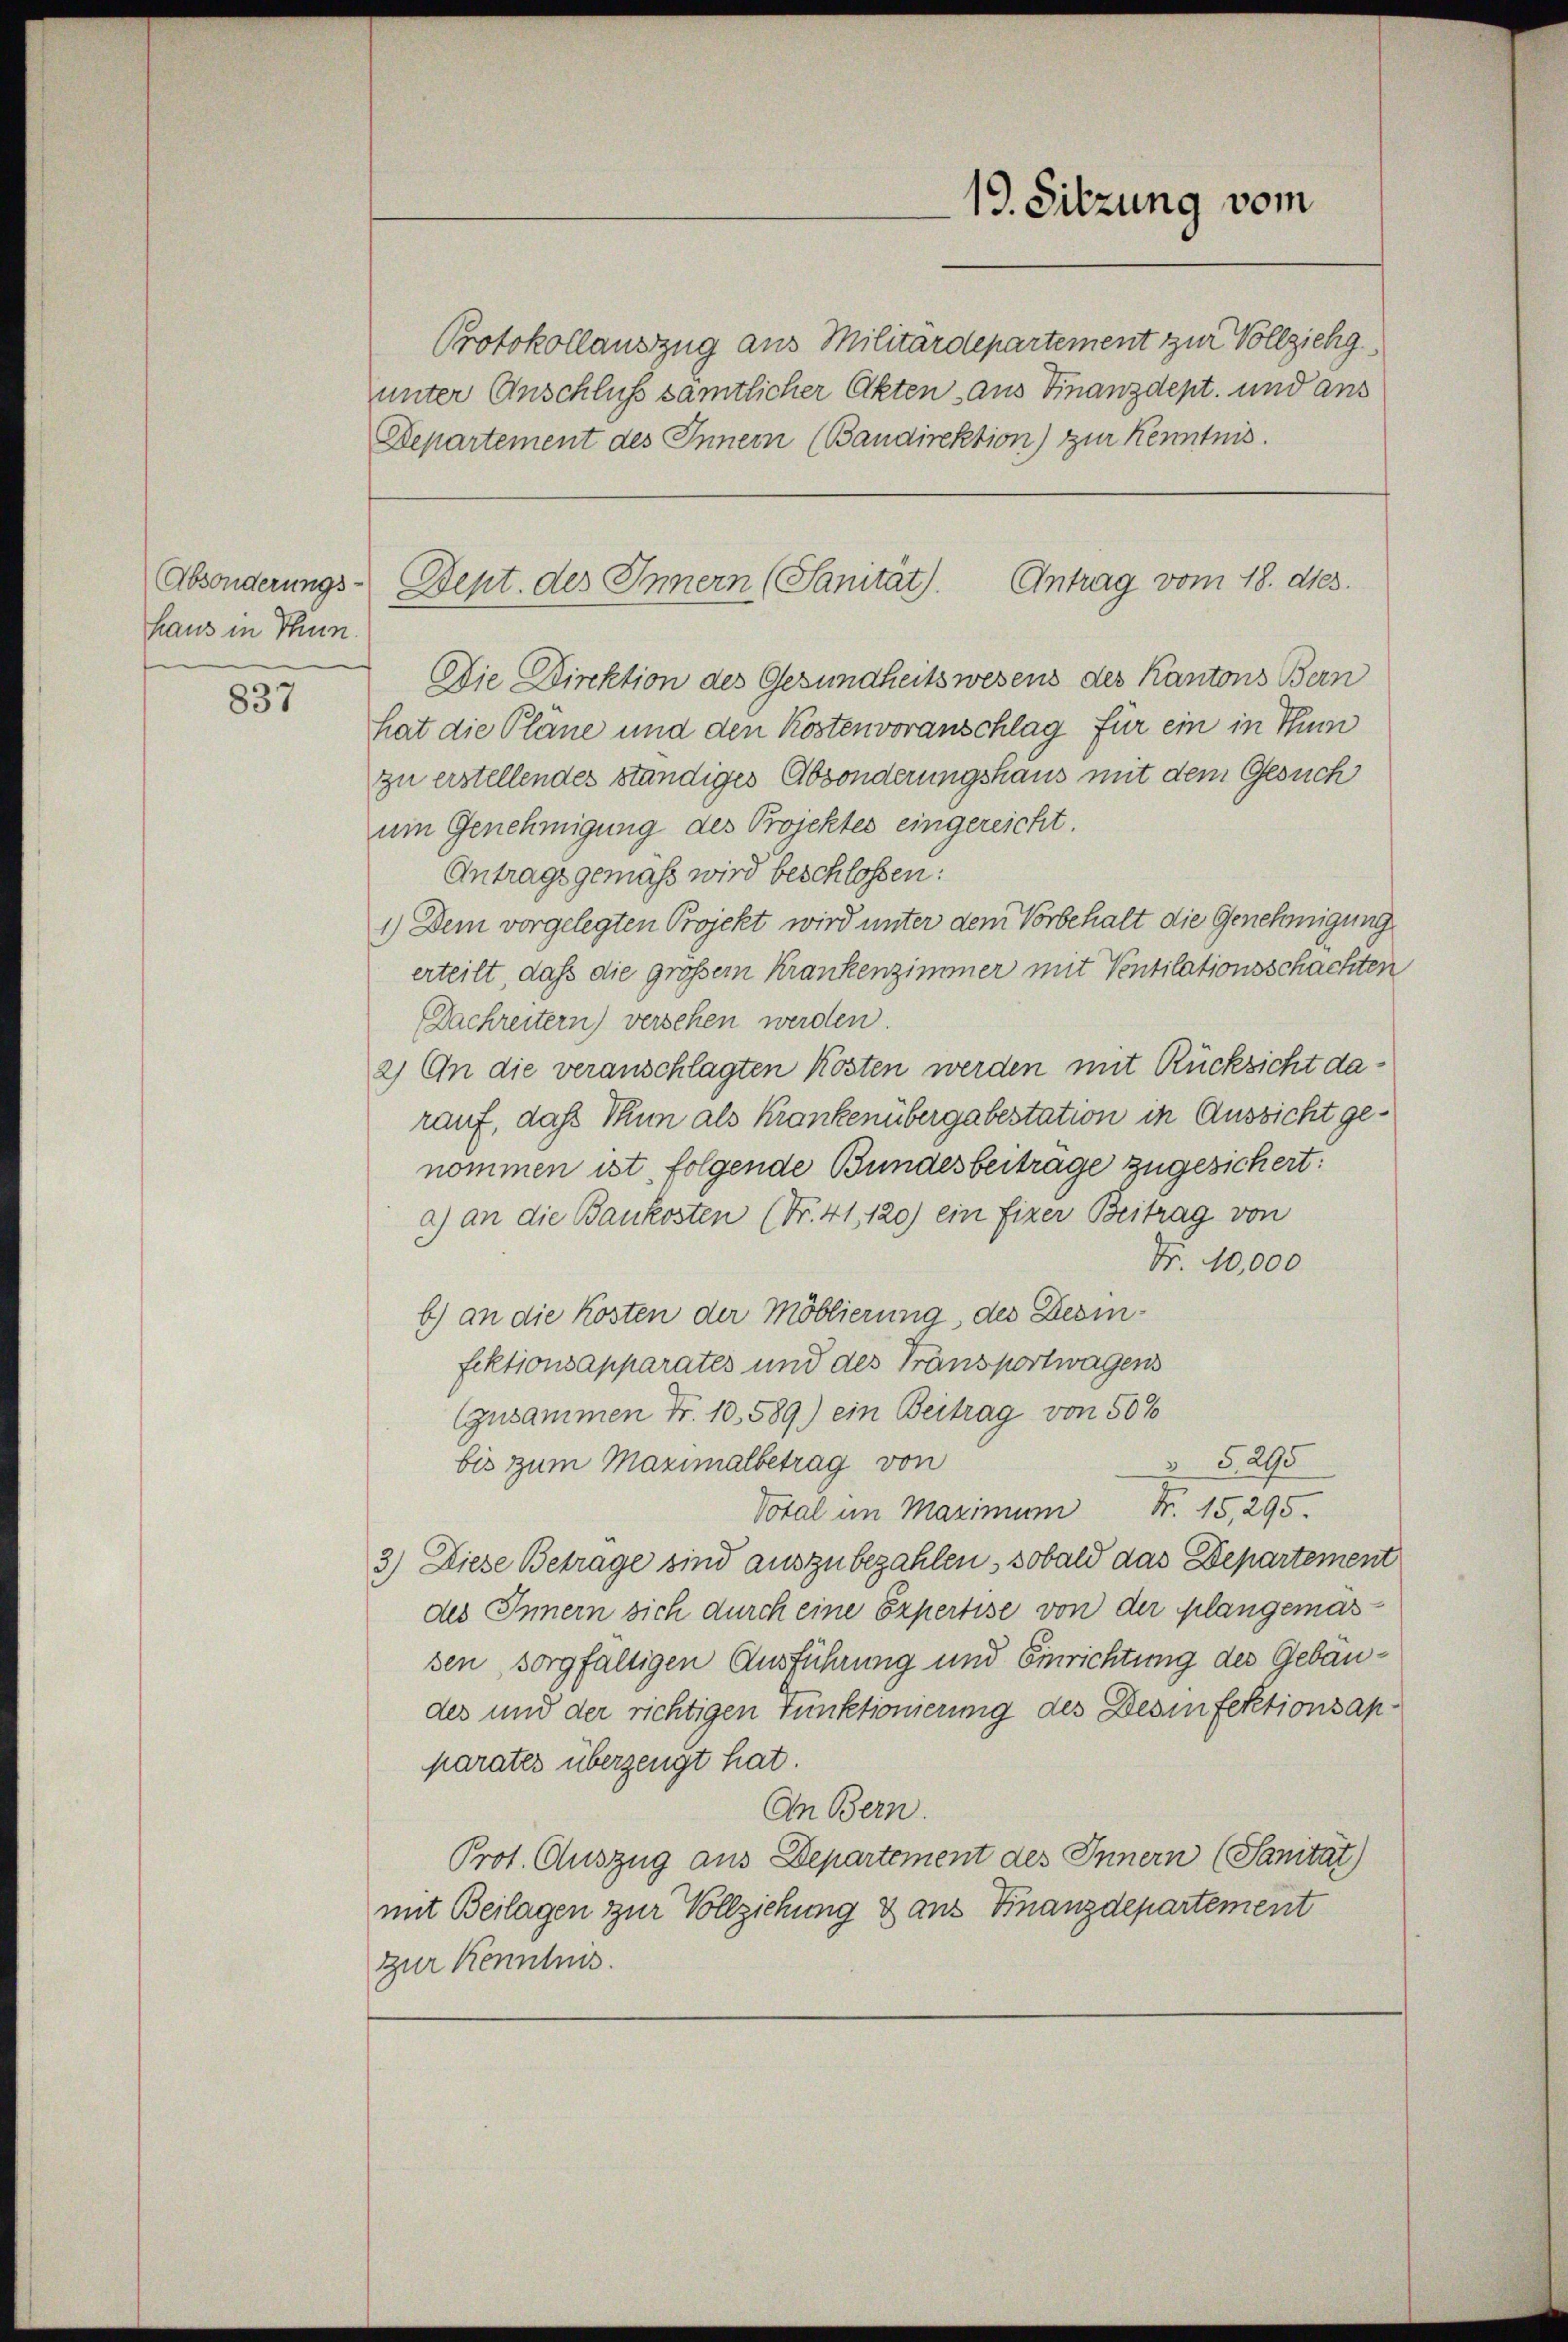
Absonderungs-
haus in Thun.

837

Protokollauszug aus Militärdepartement zur Vollziehg
unter Anschluß sämtlicher Akten aus Finanzdept. und ans
Departement des Innern (Bandirektion) zur Kenntnis.

19. Sitzung vom

Die Direktion des Gesundheitswesens des Kantons Bern
hat die Plane und den Kostenvoranschlag für ein in Thun
zu erstellendes ständiges Absonderungshaus mit dem Gesuch
um Genehmigung des Projektes eingereicht.
Antragsgemäß wird beschlossen:
1.) Dem vorgelegten Projekt wird unter dem Vorbehalt die Genehmigung
erteilt, daß die großem Krankenzimmer mit Ventilationsschachten
Dachreitern) versehen werden.
2) An die veranschlagten Kosten werden mit Rücksicht darauf, daß Thun als Krankenübergabestation in Aussicht genommen ist, folgende Bundesbeitrage zugesichert:
a) an die Baukosten (Nr. 41, 120) ein fixer Beitrag von
Nr. 10,000
b) an die Kosten der Moblierung, des Desinfektionsapparates und des Transportwagens
Gusammen Fr. 10. 589.) ein Beitrag von 50%
§ §. 295
bis zum Maximalbetrag von
Votal im Maximum Nr. 15,295.
3) Diese Betrage sind auszubezahlen, sobald das Departement
des Innern sich durch eine Expertise von der plangemassen, sorgfältigen Ausführung und Einrichtung des Gebäudes und der richtigen Funktionierung des Desinfektionsanparates überzeugt hat.
An Bern.
Prot. Auszug aus Departement des Innern (Sanität)
mit Beilagen zur Vollziehung & aus Finanzdepartement
zur Kenntnis.

Antrag vom 18. ds.
Dept. des Innern (Sanität).